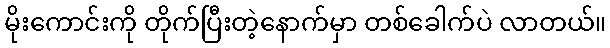
မိုးကောင်းကို တိုက်ပြီးတဲ့နောက်မှာ တစ်ခေါက်ပဲ လာတယ်။